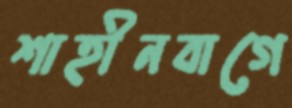
শাহীনবাগে